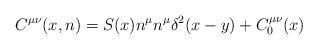
LaTeX: \begin{align*}C^{\mu\nu}(x,n)=S(x)n^{\mu}n^{\mu}\delta^{2}(x-y)+C_{0}^{\mu\nu}(x)\end{align*}